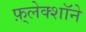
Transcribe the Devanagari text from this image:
फ़्लेक्शॉने